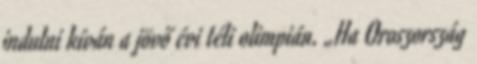
indulni kíván a jövő évi téli olimpián. „Ha Oroszország